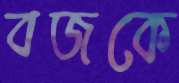
বজকে